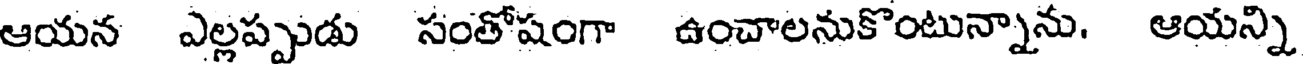
ఆయన ఎల్లప్పుడు సంతోషంగా ఉంచాలనుకొంటున్నాను. ఆయన్ని